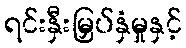
ရင်းနှီးမြှပ်နှံမှုနှင့်